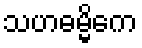
သဟဓမ္မိကေ